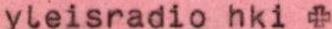
yleisradio hki